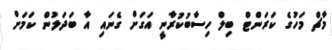
މާޗް މަހުގެ ކަރަންޓް ބިލް ހިސާބުކުރާނީ އަގަށް ގެނައި އާ ބަދަލުން ކަމަށް